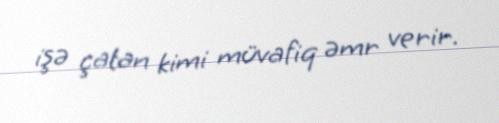
işə çatan kimi müvafiq əmr verir.